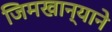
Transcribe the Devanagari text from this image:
जिमखान्याने